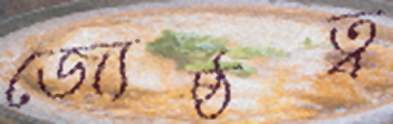
জ্যেষ্ঠত্ব